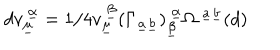
LaTeX: d v _ { \underline { { { \mu } } } } ^ { ~ \underline { { { \alpha } } } } = 1 / 4 v _ { \underline { { { \mu } } } } ^ { ~ \underline { { { \beta } } } } ( \Gamma _ { \underline { { { a } } } \underline { { { b } } } } ) _ { \underline { { { \beta } } } } ^ { ~ \underline { { { \alpha } } } } \Omega ^ { ~ \underline { { { a } } } \underline { { { b } } } } ( d ) \qquad